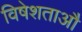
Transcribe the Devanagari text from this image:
विषेशताऔ